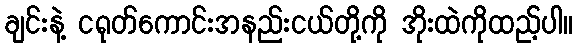
ချင်းနဲ့ ငရုတ်ကောင်းအနည်းငယ်တို့ကို အိုးထဲကိုထည့်ပါ။